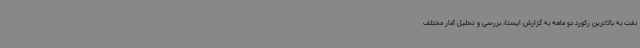
نفت به بالاترین رکورد دو ماهه به گزارش ایسنا، بررسی و تحلیل آمار مختلف